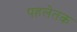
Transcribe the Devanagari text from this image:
पहलेतक